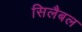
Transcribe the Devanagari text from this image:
सिलैबल